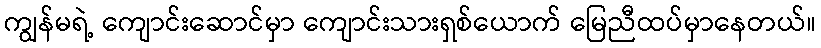
ကျွန်မရဲ့ ကျောင်းဆောင်မှာ ကျောင်းသားရှစ်ယောက် မြေညီထပ်မှာနေတယ်။